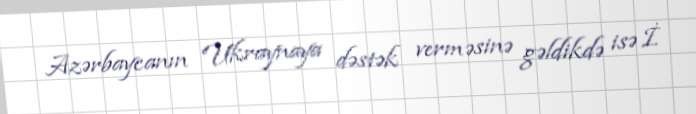
Azərbaycanın Ukraynaya dəstək verməsinə gəldikdə isə İ.